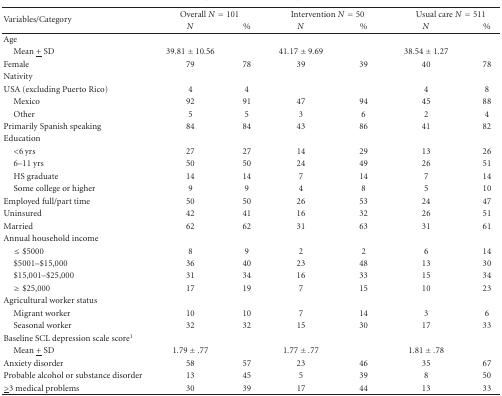
<table><thead><tr><td rowspan="2"><b>Variables/Category</b></td><td colspan="2"><b>Overall <i>N</i> = 101</b></td><td colspan="2"><b>Intervention <i>N</i> = 50</b></td><td colspan="2"><b>Usual care <i>N</i> = 511</b></td></tr><tr><td><b><i>N</i></b></td><td><b>%</b></td><td><b><i>N</i></b></td><td><b>%</b></td><td><b><i>N</i></b></td><td><b>%</b></td></tr></thead><tbody><tr><td>Age</td><td> </td><td> </td><td> </td><td> </td><td> </td><td> </td></tr><tr><td> Mean <underline>+</underline> SD</td><td>39.81 ± 10.56</td><td> </td><td>41.17 ± 9.69</td><td> </td><td>38.54 ± 1.27</td><td> </td></tr><tr><td>Female </td><td>79</td><td>78</td><td>39</td><td>39</td><td>40</td><td>78</td></tr><tr><td>Nativity</td><td> </td><td> </td><td> </td><td> </td><td> </td><td> </td></tr><tr><td>USA (excluding Puerto Rico)</td><td>4</td><td>4</td><td> </td><td> </td><td>4</td><td>8</td></tr><tr><td> Mexico</td><td>92</td><td>91</td><td>47</td><td>94</td><td>45</td><td>88</td></tr><tr><td> Other</td><td>5</td><td>5</td><td>3</td><td>6</td><td>2</td><td>4</td></tr><tr><td>Primarily Spanish speaking</td><td>84</td><td>84</td><td>43</td><td>86</td><td>41</td><td>82</td></tr><tr><td>Education</td><td> </td><td> </td><td> </td><td> </td><td> </td><td> </td></tr><tr><td> &lt;6 yrs</td><td>27</td><td>27</td><td>14</td><td>29</td><td>13</td><td>26</td></tr><tr><td> 6–11 yrs</td><td>50</td><td>50</td><td>24</td><td>49</td><td>26</td><td>51</td></tr><tr><td> HS graduate</td><td>14 </td><td>14</td><td>7</td><td>14</td><td>7</td><td>14</td></tr><tr><td> Some college or higher</td><td>9</td><td>9</td><td>4</td><td>8</td><td>5</td><td>10</td></tr><tr><td>Employed full/part time </td><td>50</td><td>50</td><td>26</td><td>53</td><td>24</td><td>47</td></tr><tr><td>Uninsured</td><td>42</td><td>41</td><td>16</td><td>32</td><td>26</td><td>51</td></tr><tr><td>Married</td><td>62</td><td>62</td><td>31</td><td>63</td><td>31</td><td>61</td></tr><tr><td>Annual household income</td><td> </td><td> </td><td> </td><td> </td><td> </td><td> </td></tr><tr><td> ≤$5000</td><td>8</td><td>9</td><td>2</td><td>2</td><td>6</td><td>14</td></tr><tr><td> $5001–$15,000</td><td>36</td><td>40</td><td>23</td><td>48</td><td>13</td><td>30</td></tr><tr><td> $15,001–$25,000</td><td>31</td><td>34</td><td>16</td><td>33</td><td>15</td><td>34</td></tr><tr><td> ≥$25,000</td><td>17</td><td>19</td><td>7</td><td>15</td><td>10</td><td>23</td></tr><tr><td>Agricultural worker status</td><td> </td><td> </td><td> </td><td> </td><td> </td><td> </td></tr><tr><td> Migrant worker</td><td>10 </td><td>10</td><td>7</td><td>14</td><td>3</td><td>6</td></tr><tr><td> Seasonal worker</td><td>32</td><td>32</td><td>15</td><td>30</td><td>17</td><td>33</td></tr><tr><td>Baseline SCL depression scale score<sup>1</sup></td><td> </td><td> </td><td> </td><td> </td><td> </td><td> </td></tr><tr><td> Mean <underline>+</underline> SD</td><td>1.79 ± .77</td><td> </td><td>1.77 ± .77</td><td> </td><td>1.81 ± .78</td><td> </td></tr><tr><td>Anxiety disorder</td><td>58</td><td>57</td><td>23</td><td>46</td><td>35</td><td>67</td></tr><tr><td>Probable alcohol or substance disorder </td><td>13</td><td>45</td><td>5</td><td>39</td><td>8</td><td>50</td></tr><tr><td><underline>&gt;</underline>3 medical problems</td><td>30</td><td>39</td><td>17</td><td>44</td><td>13</td><td>33</td></tr></tbody></table>